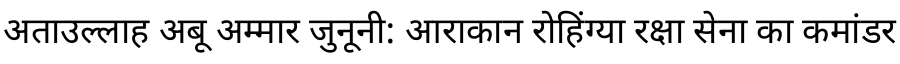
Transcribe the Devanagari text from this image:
अताउल्लाह अबू अम्मार जुनूनी: आराकान रोहिंग्या रक्षा सेना का कमांडर